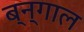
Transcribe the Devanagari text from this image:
ब्न्गाल